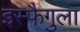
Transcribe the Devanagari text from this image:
इस्फैगुला